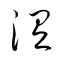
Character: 涅